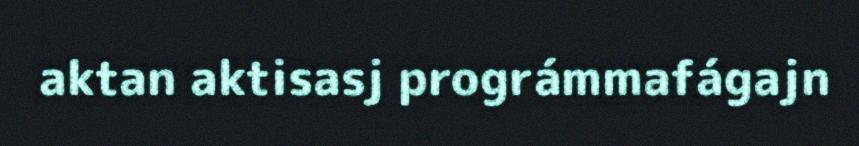
aktan aktisasj prográmmafágajn